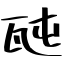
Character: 瓲